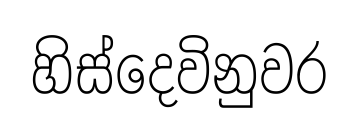
හිස්දෙවිනුවර